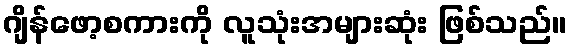
ဂျိန်ဖော့စကားကို လူသုံးအများဆုံး ဖြစ်သည်။